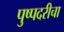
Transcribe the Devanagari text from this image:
पुष्पदरीचा